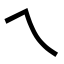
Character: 乀